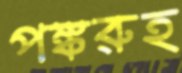
পঙ্করুহ